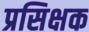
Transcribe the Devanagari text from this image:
प्रसिक्षक